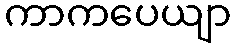
ကာကပေယျာ